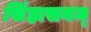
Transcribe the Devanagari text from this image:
सिंहासनम्